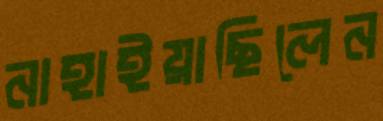
নাহাইয়াছিলেন